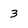
Character: 3